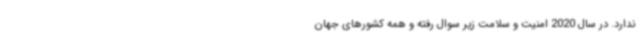
ندارد. در سال 2020 امنیت و سلامت زیر سوال رفته و همه کشورهای جهان